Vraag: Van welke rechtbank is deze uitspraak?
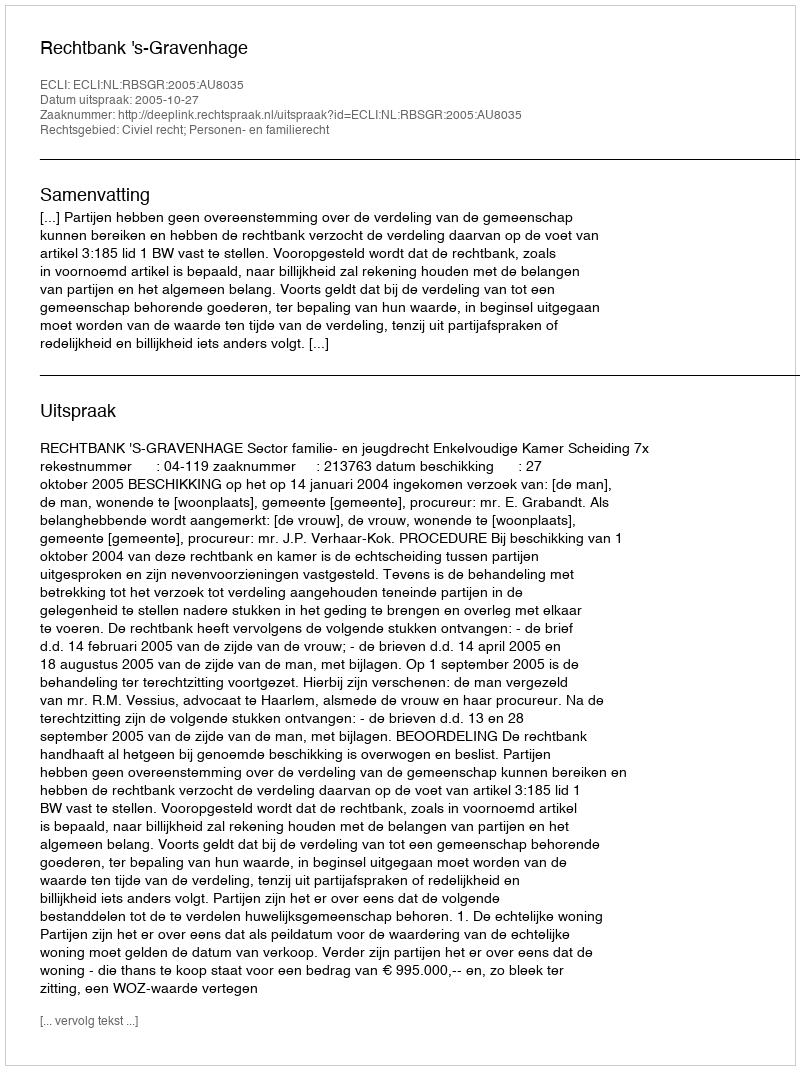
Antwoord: Rechtbank 's-Gravenhage